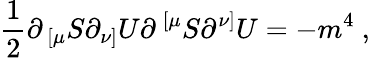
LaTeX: {\frac{1}{2}}\partial_{\, [\mu}S\partial_{\nu]}U\partial^{\, [\mu}S\partial^{\nu]}U=-m^{4}\ ,